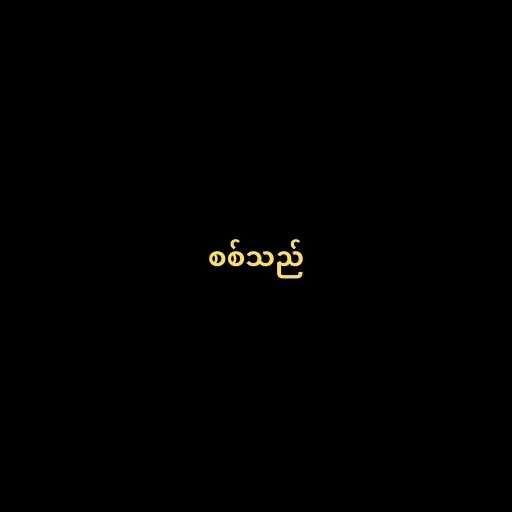
စစ်သည်